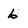
Character: 6